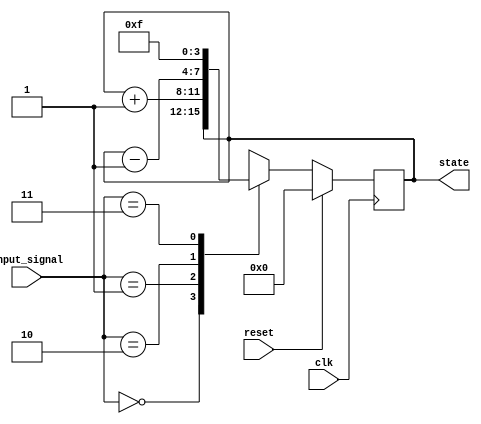
module synchronous_reset (
    input wire clk,        // Clock signal
    input wire reset,      // Reset signal
    input wire [1:0] input_signal, // Example input signal for state transition
    output reg [3:0] state // Output state (4 bits wide)
);

// Predefined reset value
localparam RESET_VALUE = 4'b0000;

// State transition logic
always @(posedge clk) begin
    if (reset) begin
        // Synchronous reset behavior
        state <= RESET_VALUE;
    end else begin
        // Normal state transition logic
        case (input_signal)
            2'b00: state <= state;           // No change
            2'b01: state <= state + 1;       // Increment state
            2'b10: state <= state - 1;       // Decrement state
            2'b11: state <= 4'b1111;         // Set state to a specific value
            default: state <= state;         // Default case
        endcase
    end
end

endmodule